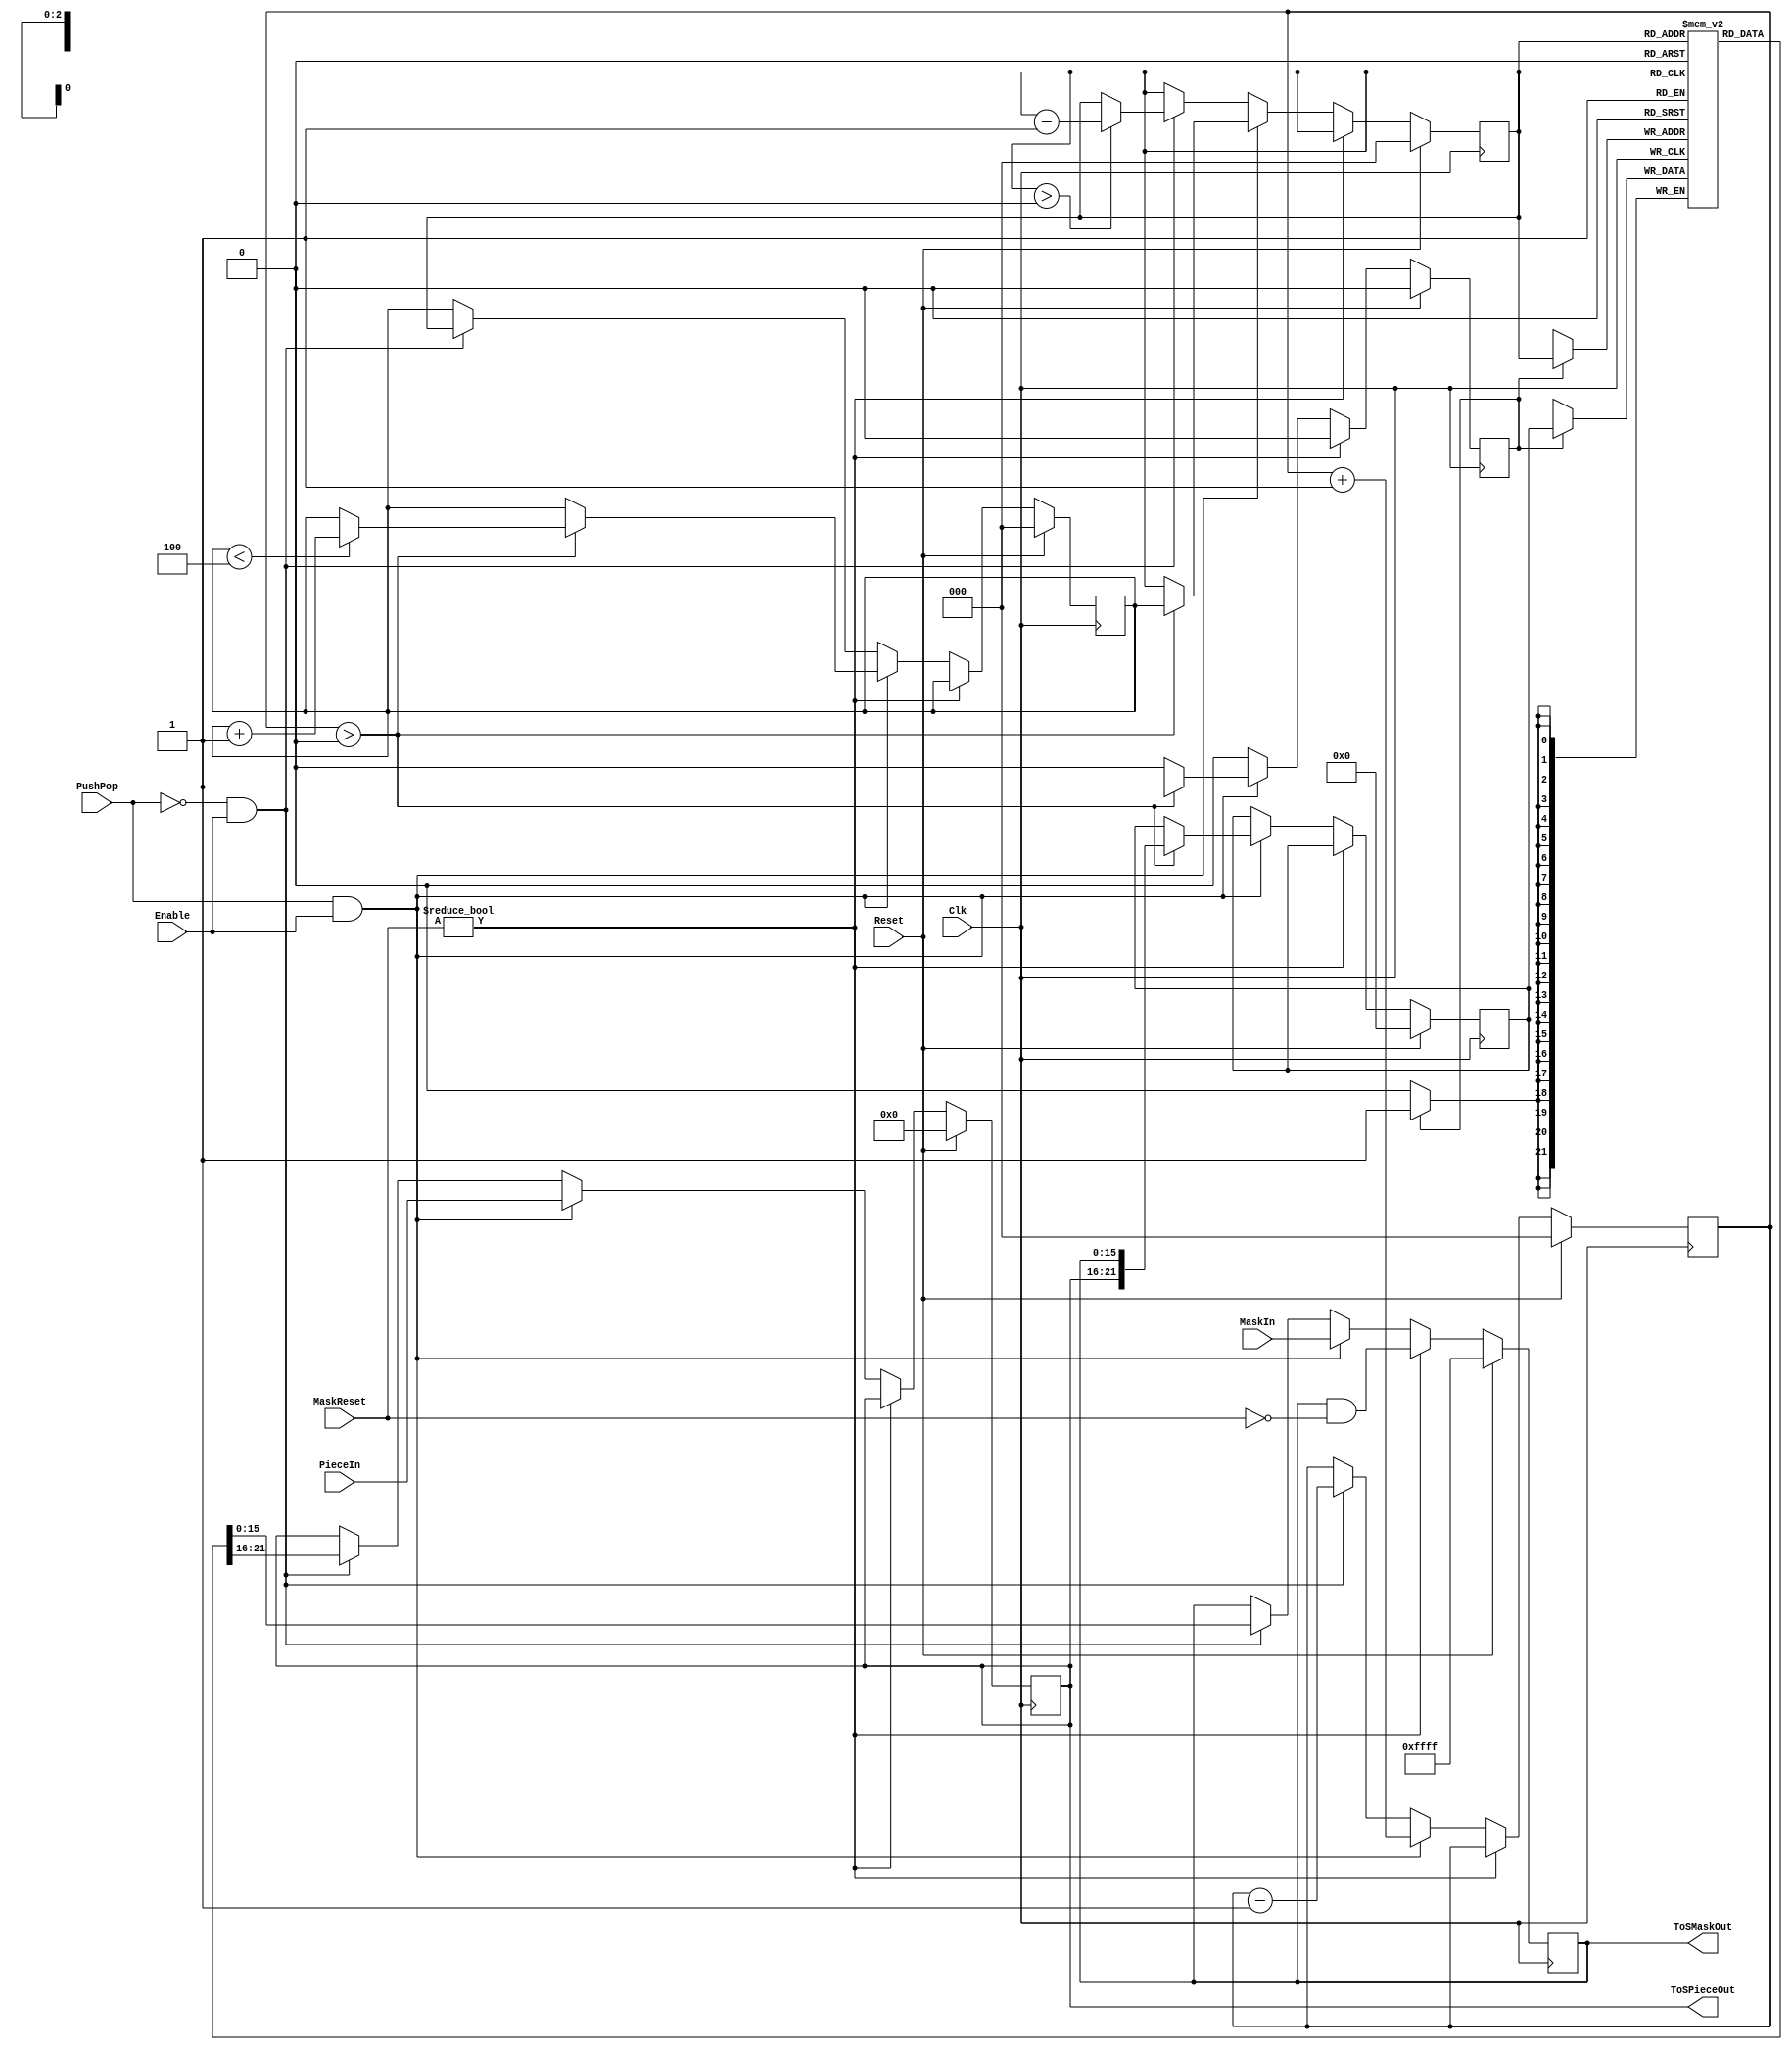
module Stack (
    ToSPieceOut,
    ToSMaskOut,
    PieceIn,
    MaskIn,
    MaskReset,
    Enable,
    PushPop,
    Reset,
    Clk
);
// Stack module in MyHDL
// 
// This the MyHDL RTL code for the Stack module. It
// can be converted to Verilog/VHDL and synthesized.

output [5:0] ToSPieceOut;
wire [5:0] ToSPieceOut;
output [15:0] ToSMaskOut;
wire [15:0] ToSMaskOut;
input [5:0] PieceIn;
input [15:0] MaskIn;
input [15:0] MaskReset;
input Enable;
input PushPop;
input Reset;
input Clk;

reg StackWrite;
reg [2:0] WritePointer;
reg [2:0] Pointer;
reg [21:0] StackWriteData;
wire [21:0] StackReadData;
reg [2:0] NrItems;
reg [5:0] ToSPiece;
reg [15:0] ToSMask;

reg [21:0] Stack [0:5-1];




always @(posedge Clk) begin: STACK_CONTROL
    if (Reset == 1) begin
        StackWrite <= 0;
        WritePointer <= 0;
        StackWriteData <= 0;
        NrItems <= 0;
        ToSPiece <= 0;
        Pointer <= 0;
        ToSMask <= 65535;
    end
    else begin
        StackWrite <= 1'b0;
        if ((MaskReset != 0)) begin
            ToSMask <= (ToSMask & (~MaskReset));
        end
        else if ((PushPop && Enable)) begin
            ToSPiece <= PieceIn;
            ToSMask <= MaskIn;
            NrItems <= (NrItems + 1);
            if ((NrItems > 0)) begin
                StackWriteData <= {ToSPiece, ToSMask};
                StackWrite <= 1'b1;
                Pointer <= WritePointer;
                if ((WritePointer < (6 - 2))) begin
                    WritePointer <= (WritePointer + 1);
                end
            end
        end
        else if (((!PushPop) && Enable)) begin
            ToSPiece <= StackReadData[22-1:16];
            ToSMask <= StackReadData[16-1:0];
            NrItems <= (NrItems - 1);
            WritePointer <= Pointer;
            if ((Pointer > 0)) begin
                Pointer <= (Pointer - 1);
            end
        end
    end
end


always @(posedge Clk) begin: STACK_WRITE_STACK
    if (StackWrite) begin
        Stack[Pointer] <= StackWriteData;
    end
end



assign StackReadData = Stack[Pointer];



assign ToSPieceOut = ToSPiece;
assign ToSMaskOut = ToSMask;

endmodule